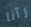
رآنا